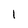
Character: 1